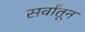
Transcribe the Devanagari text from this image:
सर्वांतून